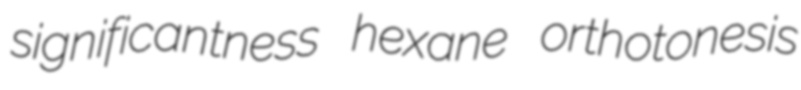
significantness hexane orthotonesis